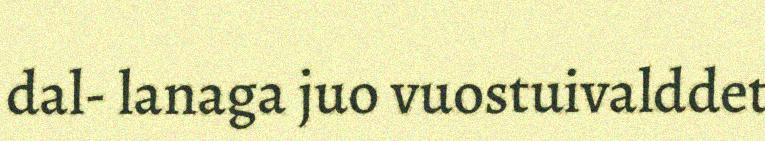
dal- lanaga juo vuostuivalddet